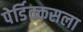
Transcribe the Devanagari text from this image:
पेर्डिक्कसला